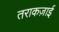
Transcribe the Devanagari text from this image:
तराकज़ाई